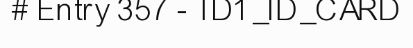
# Entry 357 - TD1_ID_CARD